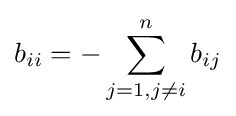
b_{ii}=-\sum _{j=1,j\neq i}^{n}b_{ij}